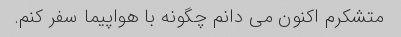
متشکرم اکنون می دانم چگونه با هواپیما سفر کنم.